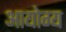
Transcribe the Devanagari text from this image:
आयोग्य